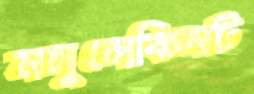
মলুলেকিমট